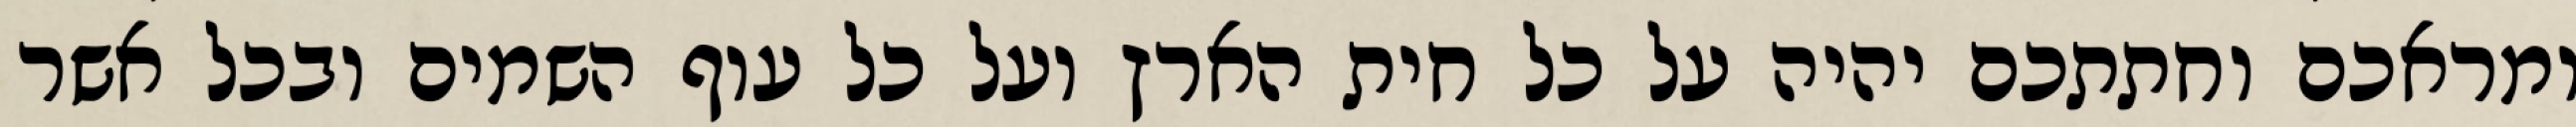
ומראכם וחתתכם יהיה על כל חית הארץ ועל כל עוף השמים ובכל אשר